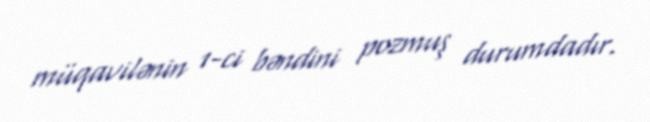
müqavilənin 1-ci bəndini pozmuş durumdadır.